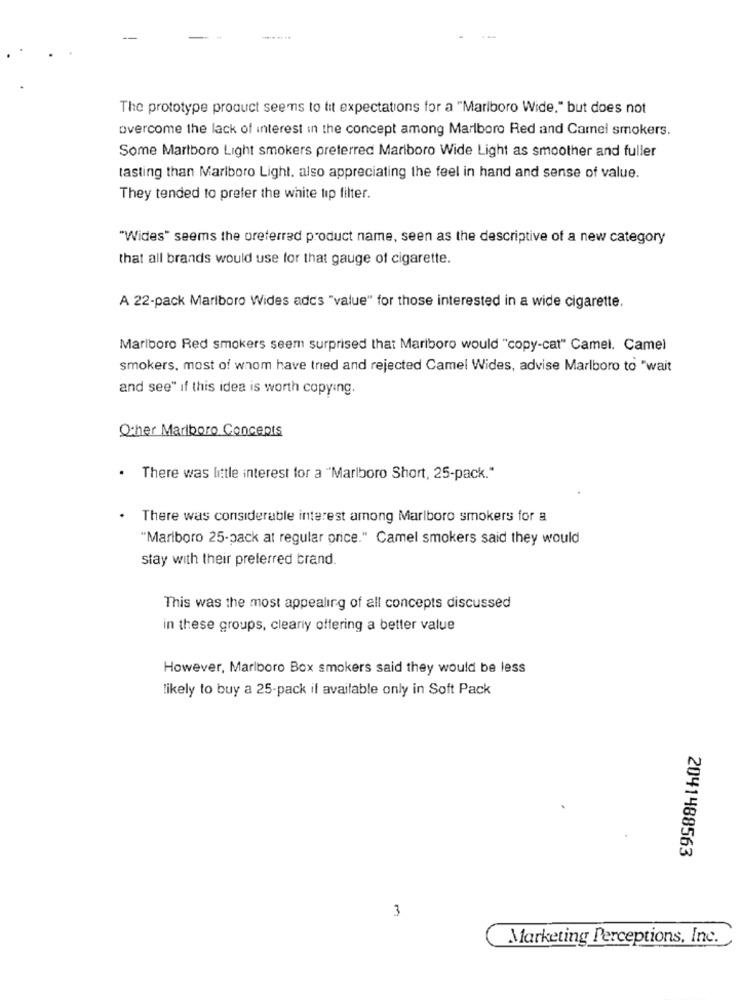
The prototype product seems to tit expectations for a "Marlboro Wide." but does not
overcome the lack of interest in the concept among Marlboro Red and Carnel smokers.
Some Martboro Light smokers preferred Marlboro Wide Light as smoother and fuller
tasting than Marlboro Light. also appreciating the feel in hand and sense of value.
They tended to prefer the white tip filter.
"Wides" seems the preferred product name, seen as the descriptive of a new category
that all brands would use for that gauge of cigarette.
A 22-pack Marlboro Wides adcs "value" for those interested in a wide cigarette.
Marlboro Red smokers seem surprised that Mariboro would "copy-cat" Camel. Camel
smokers, most of whom have tried and rejected Camel Wides, advise Marlboro to "wait
and see" if this idea is worth copying.
Other Marlboro Concepts
.
There was little interest for a "Marlboro Short, 25-pack."
There was considerable interest among Marlboro smokers for a
"Marlboro 25-pack at regular price." Camel smokers said they would
stay with their preferred brand.
This was the most appealing of all concepts discussed
in these groups, clearly offering a better value
However, Marlboro Box smokers said they would be less
likely to buy a 25-pack if available only in Soft Pack
2041488563
3
Marketing Perceptions, Inc.